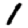
Digit: 1